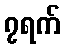
၇ရက်